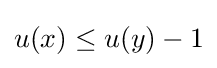
u(x)\leq u(y)-1